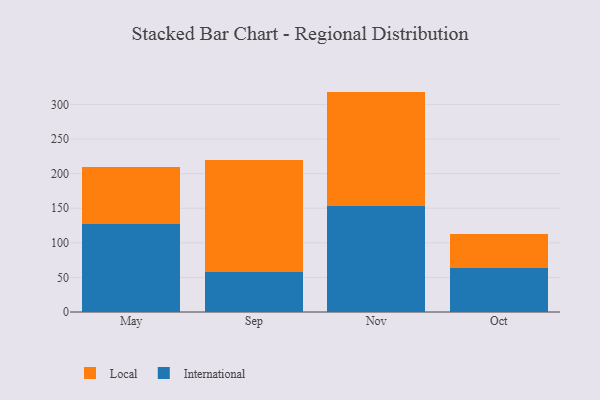
{"axis": {"x": "Month", "y": "Production Output"}, "legend": ["International", "Local"], "data": [{"x": "May", "y": 127.8, "type": "International"}, {"x": "May", "y": 81.8, "type": "Local"}, {"x": "Sep", "y": 57.8, "type": "International"}, {"x": "Sep", "y": 162.6, "type": "Local"}, {"x": "Nov", "y": 152.7, "type": "International"}, {"x": "Nov", "y": 165.9, "type": "Local"}, {"x": "Oct", "y": 63.9, "type": "International"}, {"x": "Oct", "y": 48.5, "type": "Local"}]}